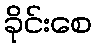
ခိုင်းစေ